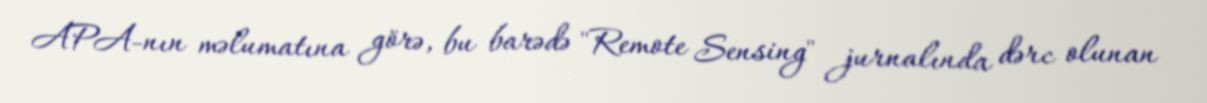
APA-nın məlumatına görə, bu barədə "Remote Sensing" jurnalında dərc olunan